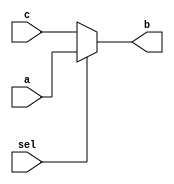
`timescale 1ns / 1ps
module mux_cont(input a, c, sel, output b);
   assign b = (sel == 0) ? c : a;
endmodule